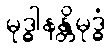
မုဒ္ဓါနန္တိမုဒ္ဓံ